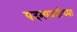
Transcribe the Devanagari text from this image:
पदमावतीच्या